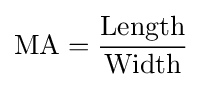
{\rm {MA={Length \over Width}}}